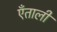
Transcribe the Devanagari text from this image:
एँताली